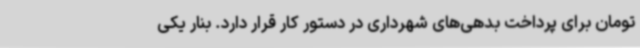
تومان برای پرداخت بدهی‌های شهرداری در دستور کار قرار دارد. بنار یکی